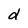
Character: d